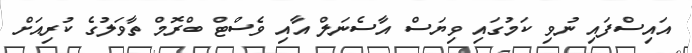
އައިސްފައި ނުވި ކަމުގައި ވިޔަސް އާސެނަލް އާއި ވެސްޓް ބްރޮމް ތާވަލުގެ ކުރިއަށް